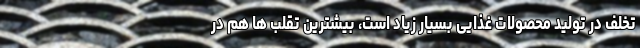
تخلف در تولید محصولات غذایی بسیار زیاد است، بیشترین تقلب ها هم در